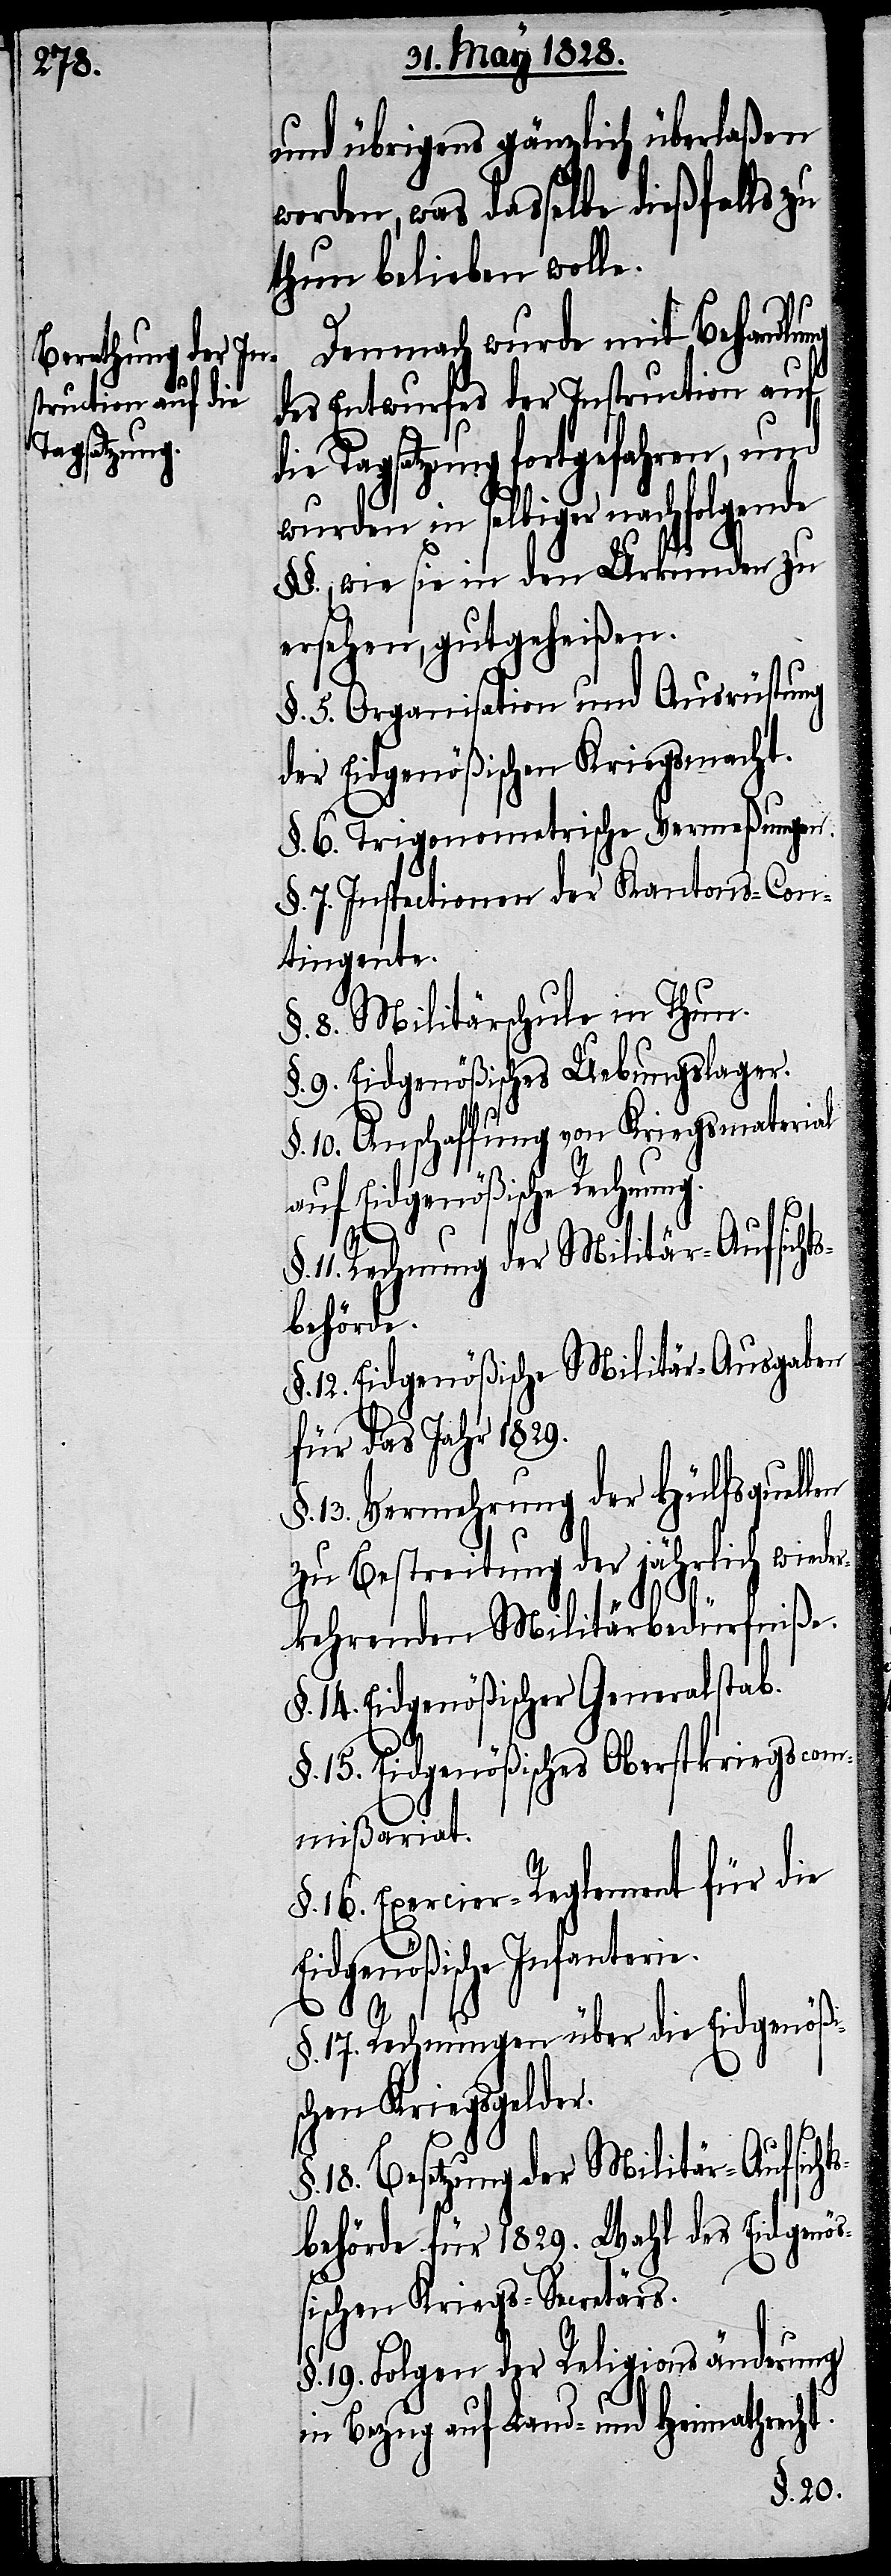
und übrigens gänzlich überlaßen
worden, was dasselbe dießfalls zu
thun belieben wolle.
t.
Demnach wurde mit Behandlung
des Entwurfes der Instruction auf
die Tagsatzung fortgefahren, und
wurden in selbiger nachfolgende
§§., wie sie in den Urkunden zu
ersehen, gutgeheißen.
§. 5. Organisation und Ausrüstung
der Eidgenößischen Kriegsmacht.
§. 6. Trigonometrische Vermeßungen.
§. 7. Inspectionen der Kantons-Con¬
tigente.
8. Militärschule in Thun.
§. 9. Eidgenößisches Uebungslager.
§. 10. Anschaffung von Kriegsmaterial
auf Eidgenößische Rechnung.
11. Rechnung der Militär-Aufsicht¬
sbehörde.
12. Eidgenößische Militär-Ausgaben
für das Jahr 1829.
13. Vermehrung der Hülfsquellen
zu Bestreitung der jährlichen wieder¬
kehrenden Militärbedürfniße.
§. 14. Eidgenößischer Generalstab.
§. 15. Eidgenößisches Oberstkriegscom¬
mißariat.
§. 16. Exercier-Reglement für die
Eidgenößische Infanterie.
§. 17. Rechnungen über die Eidgenößi¬
chen Kriegsgelder.
18. Besetzung der Militär-Aufsich¬
tsbehörde für 1829. Wahl des Eidgenöß¬
ischen Kriegs-Secretärs.
§. 19. Folgen der Religionsänderung
in Bezug auf Land- und Heimathrech¬